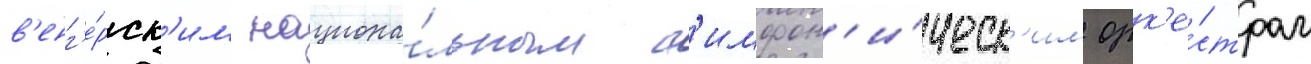
в'енг'е́рск'им национа́льным с'имфон'и́ческ'им орк'е́стром